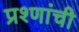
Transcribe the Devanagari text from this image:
प्रश्णांची